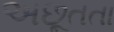
અછૂતતા